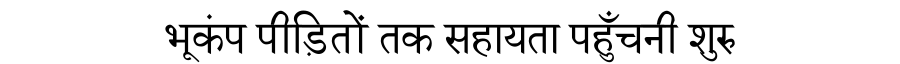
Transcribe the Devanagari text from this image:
भूकंप पीड़ितों तक सहायता पहुँचनी शुरु